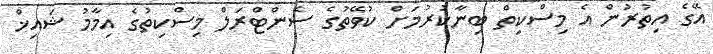
އޭގެ އިތުރުން އެ މިސްކިތް ބިނާކުރުމަށް ކުވޭތުގެ ސެންޓްރަލް މިސްކިތުގެ އިމާމު ޝައިޚް